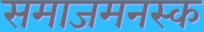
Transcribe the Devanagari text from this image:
समाजमनस्क